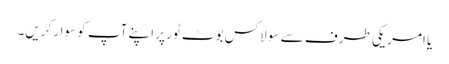
یا امریکی طرف سے سو لاکس بوٹ ٹور پر اپنے آپ کو سوار کریں۔